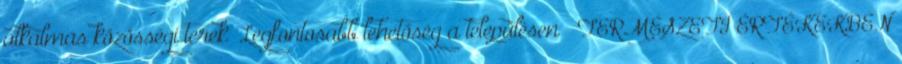
alkalmas közösségi terek” Legfontosabb lehetőség a településen ▪„TERMÉSZETI ÉRTÉKEKBEN